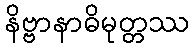
နိဗ္ဗာနာဓိမုတ္တဿ